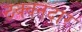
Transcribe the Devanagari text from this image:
ठक्क्नदार